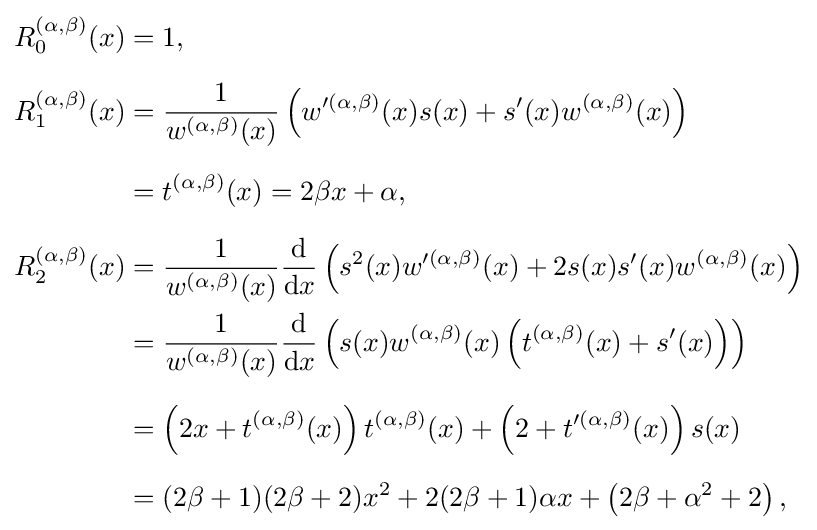
{\begin{aligned}R_{0}^{(\alpha ,\beta )}(x)&=1,\\[6pt]R_{1}^{(\alpha ,\beta )}(x)&={\frac {1}{w^{(\alpha ,\beta )}(x)}}\left(w'^{(\alpha ,\beta )}(x)s(x)+s'(x)w^{(\alpha ,\beta )}(x)\right)\\[6pt]&=t^{(\alpha ,\beta )}(x)=2\beta x+\alpha ,\\[6pt]R_{2}^{(\alpha ,\beta )}(x)&={\frac {1}{w^{(\alpha ,\beta )}(x)}}{\frac {\mathrm {d} }{{\mathrm {d} }x}}\left(s^{2}(x)w'^{(\alpha ,\beta )}(x)+2s(x)s'(x)w^{(\alpha ,\beta )}(x)\right)\\&={\frac {1}{w^{(\alpha ,\beta )}(x)}}{\frac {\mathrm {d} }{{\mathrm {d} }x}}\left(s(x)w^{(\alpha ,\beta )}(x)\left(t^{(\alpha ,\beta )}(x)+s'(x)\right)\right)\\[6pt]&=\left(2x+t^{(\alpha ,\beta )}(x)\right)t^{(\alpha ,\beta )}(x)+\left(2+t'^{(\alpha ,\beta )}(x)\right)s(x)\\[6pt]&=(2\beta +1)(2\beta +2)x^{2}+2(2\beta +1)\alpha x+\left(2\beta +\alpha ^{2}+2\right),\end{aligned}}